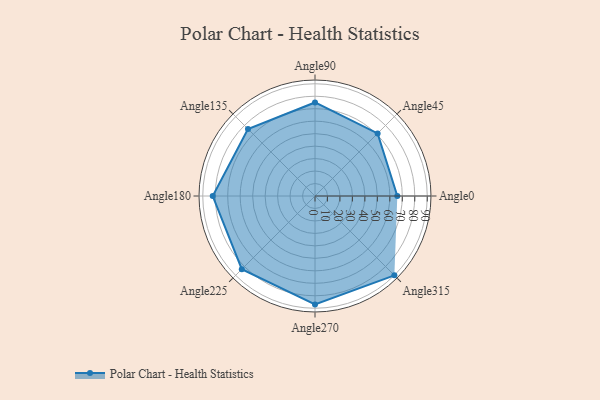
{"axis": {"x": "Angle", "y": "Radius"}, "legend": [""], "data": [{"x": "Angle0", "y": 66.0, "type": ""}, {"x": "Angle45", "y": 71.0, "type": ""}, {"x": "Angle90", "y": 75.0, "type": ""}, {"x": "Angle135", "y": 76.0, "type": ""}, {"x": "Angle180", "y": 82.0, "type": ""}, {"x": "Angle225", "y": 83.0, "type": ""}, {"x": "Angle270", "y": 87.0, "type": ""}, {"x": "Angle315", "y": 90.0, "type": ""}]}